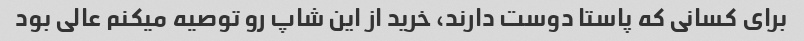
برای کسانی که پاستا دوست دارند، خرید از این شاپ رو توصیه میکنم عالی بود